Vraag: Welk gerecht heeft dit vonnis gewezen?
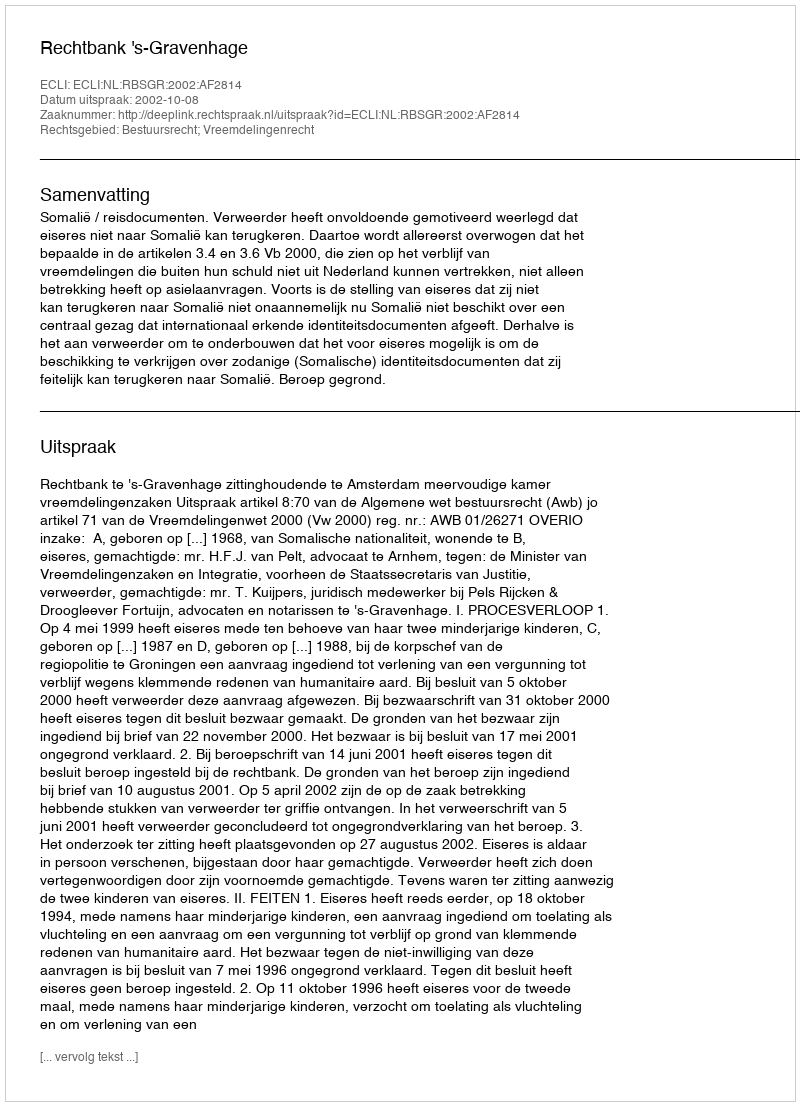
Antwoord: Rechtbank 's-Gravenhage